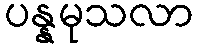
ပန္နမုသလာ